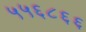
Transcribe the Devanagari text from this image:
५५६८६६